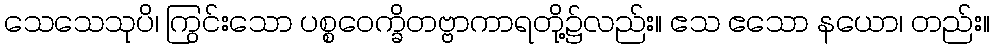
သေသေသုပိ၊ ကြွင်းသော ပစ္စဝေက္ခိတဗ္ဗာကာရတို့၌လည်း။ ဧသ ဧသော နယော၊ တည်း။